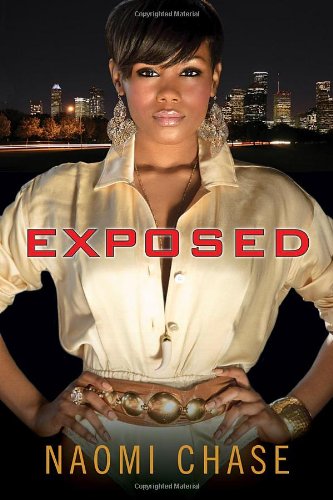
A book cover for Exposed (Exposed Series); Naomi Chase; Mystery, Thriller & Suspense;